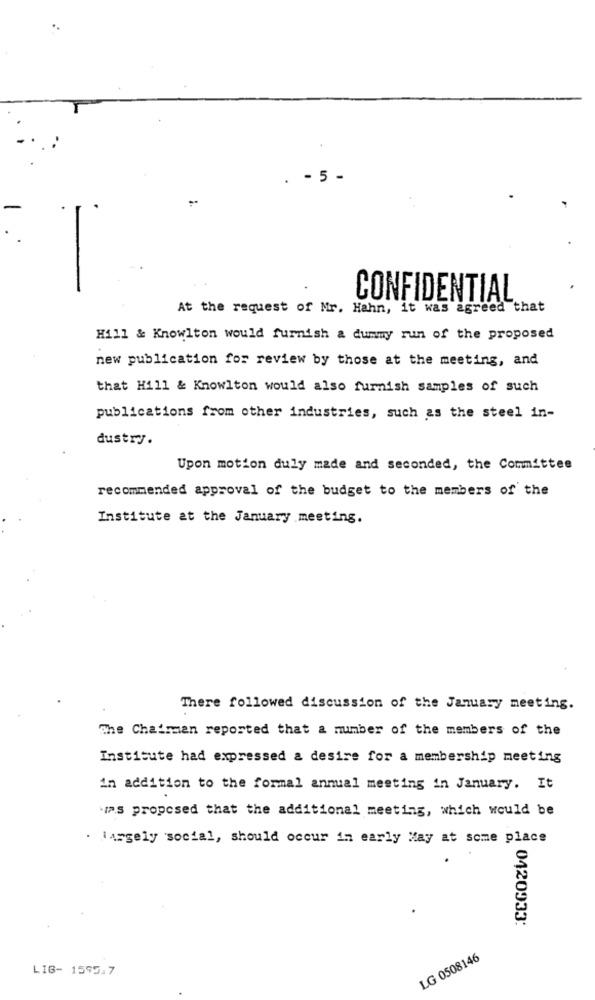
. - 5 -
CONFIDENTIAL
At the request of Mr. Hahn, it was agreed that
Hill & Knowlton would furnish & dummy run of the proposed
new publication for review by those at the meeting, and
that Hill & Knowlton would also furnish samples of such
publications from other industries, such as the steel in-
dustry.
Upon motion duly made and seconded, the Committee
recommended approval of the budget to the members of the
Institute at the January meeting.
There followed discussion of the January meeting.
The Chairman reported that a number of the members of the
Institute had expressed a desire for a membership meeting
in addition to the formal annual meeting in January. It
"is proposed that the additional meeting, which would be
. largely social, should occur in early May at some place
0420933:
LG 0508146
LIG- 1595.7